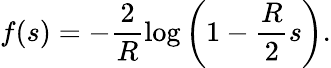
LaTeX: f(s)=-\frac{2}{R}\log\left(1-\frac{R}{2}s\right).